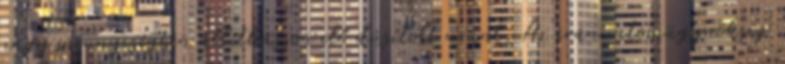
nagy mennyiségben állíthasson elő dúsított uránt. Az iráni atomügynökség